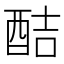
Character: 𮠥